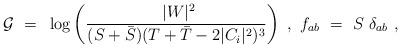
LaTeX: \begin{align*}{\cal G}~=~\log \left(~|W|^2 \over {(S+{\bar S}) (T+{\bar T} -2 |C_i|^2)^3} \right)~,~f_{ab}~=~S~\delta_{ab}~,~\end{align*}